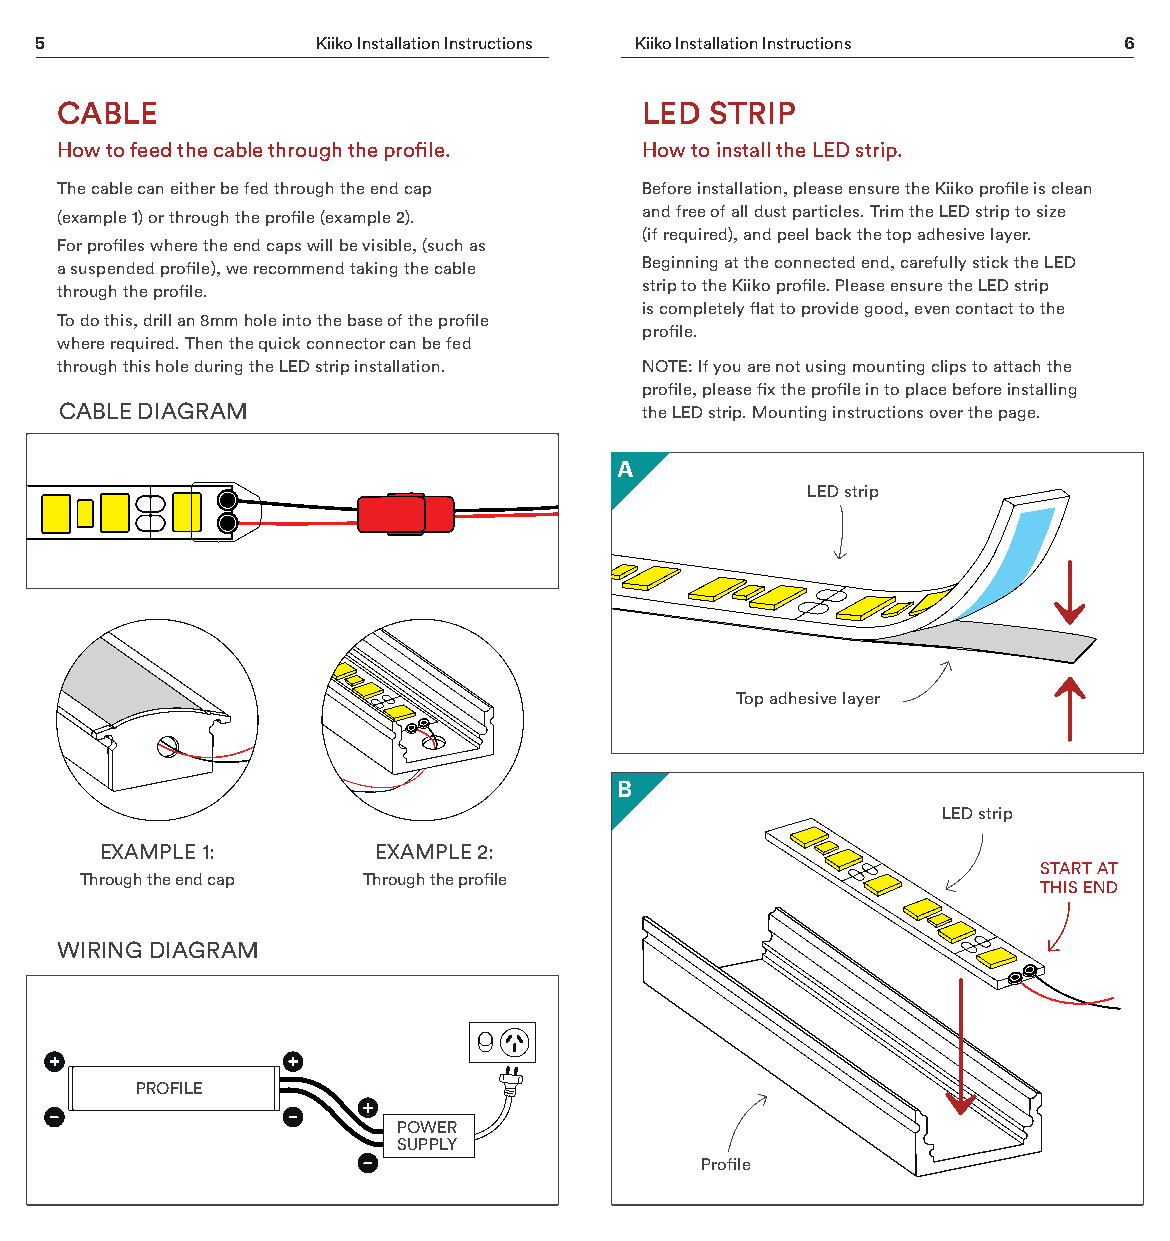
5                  Kiiko Installation Instructions Kiiko Installation Instructions 6
 CABLE                                  LED STRIP
 How to feed the cable through the profile. How to install the LED strip.
 The cable can either be fed through the end cap Before installation, please ensure the Kiiko profile is clean
 (example 1) or through the profile (example 2). and free of all dust particles. Trim the LED strip to size
 (if required), and peel back the top adhesive layer.
 For profiles where the end caps will be visible, (such as
 a suspended profile), we recommend taking the cable Beginning at the connected end, carefully stick the LED
 through the profile.                   strip to the Kiiko profile. Please ensure the LED strip
 is completely flat to provide good, even contact to the
 To do this, drill an 8mm hole into the base of the profile
 profile.
 where required. Then the quick connector can be fed
 through this hole during the LED strip installation. NOTE: If you are not using mounting clips to attach the
 profile, please fix the profile in to place before installing
 CABLE DIAGRAM                          the LED strip. Mounting instructions over the page.
 A
 LED strip
 Top adhesive layer
 B
 LED strip
 EXAMPLE 1:        EXAMPLE 2:
 START AT
 Through the end cap Through the profile
 THIS END
 WIRING DIAGRAM
 PROFILE
 POWER
 SUPPLY
 Profile